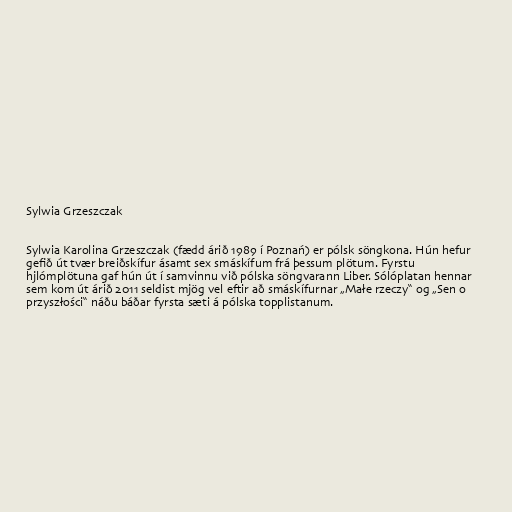
Sylwia Grzeszczak

Sylwia Karolina Grzeszczak (fædd árið 1989 í Poznań) er pólsk söngkona. Hún hefur
gefið út tvær breiðskífur ásamt sex smáskífum frá þessum plötum. Fyrstu
hjlómplötuna gaf hún út í samvinnu við pólska söngvarann Liber. Sólóplatan hennar
sem kom út árið 2011 seldist mjög vel eftir að smáskífurnar „Małe rzeczy“ og „Sen o
przyszłości“ náðu báðar fyrsta sæti á pólska topplistanum.